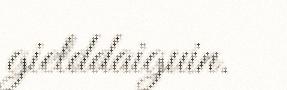
gielddaiguin.